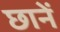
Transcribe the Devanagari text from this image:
छानें